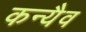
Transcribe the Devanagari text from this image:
कन्यैव